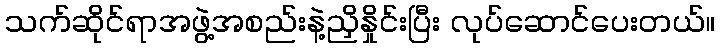
သက်ဆိုင်ရာအဖွဲ့အစည်းနဲ့ညှိနှိုင်းပြီး လုပ်ဆောင်ပေးတယ်။